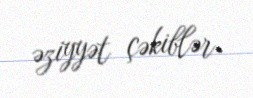
əziyyət çəkiblər.